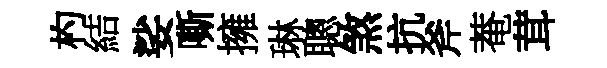
杓結娑嘶擁琳聰煞抗斧菴茸